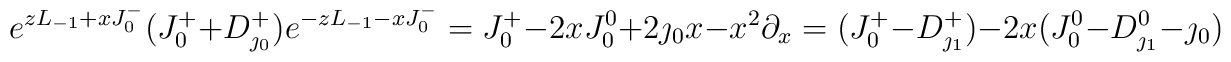
e^{zL_{-1}+xJ^-_0}(J^+_0+D^+_{\jmath_0}) e^{-zL_{-1}-xJ^-_0}=J^+_0-2xJ^0_0+2\jmath_0 x -x^2\partial_x=(J^+_0-D^+_{\jmath_1})-2x(J^0_0-D^0_{\jmath_1}-\jmath_0)